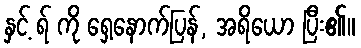
နှင့် ရ် ကို ရှေ့နောက်ပြန်, အရိယော ပြီး၏။